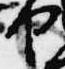
や